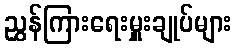
ညွှန်ကြားရေးမှူးချုပ်များ